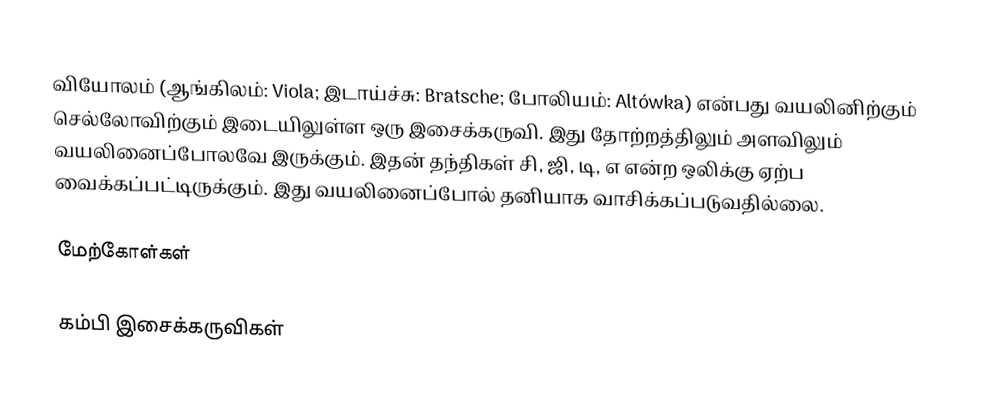
வியோலம் (ஆங்கிலம்: Viola; இடாய்ச்சு: Bratsche; போலியம்: Altówka) என்பது வயலினிற்கும் செல்லோவிற்கும் இடையிலுள்ள ஒரு இசைக்கருவி. இது தோற்றத்திலும் அளவிலும் வயலினைப்போலவே இருக்கும். இதன் தந்திகள் சி, ஜி, டி, எ என்ற ஒலிக்கு ஏற்ப வைக்கப்பட்டிருக்கும். இது வயலினைப்போல் தனியாக வாசிக்கப்படுவதில்லை.

மேற்கோள்கள்

கம்பி இசைக்கருவிகள்